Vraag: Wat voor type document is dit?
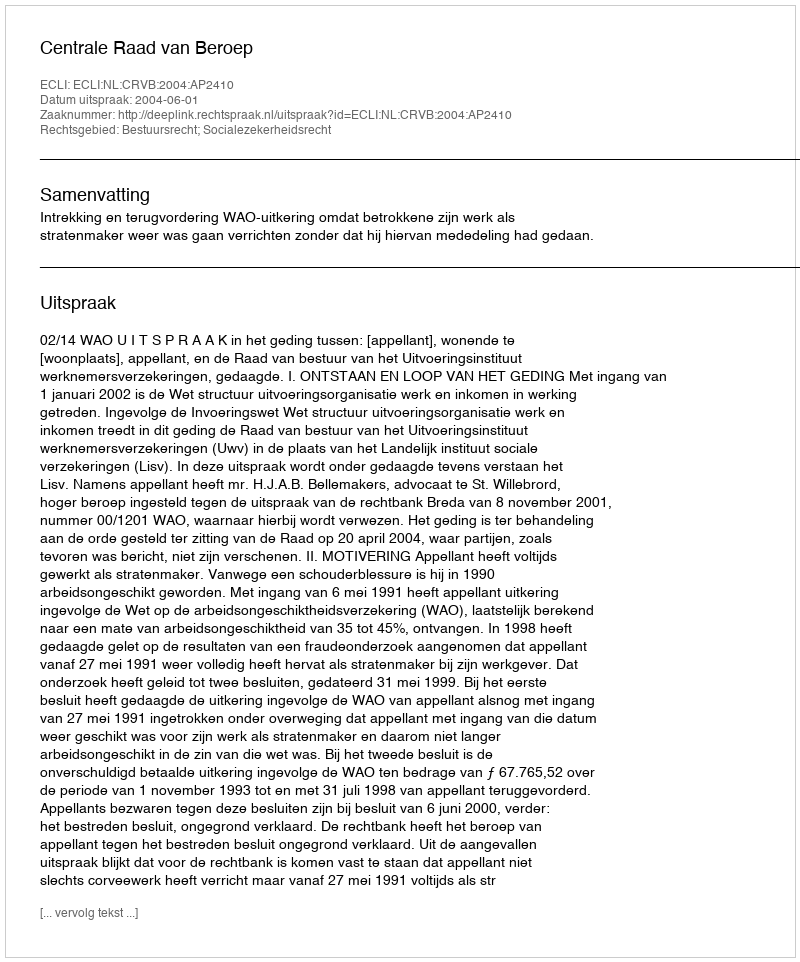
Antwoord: Uitspraak